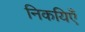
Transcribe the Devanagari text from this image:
निकयिएँ